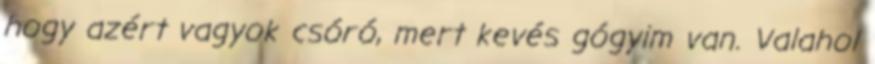
hogy azért vagyok csóró, mert kevés gógyim van. Valahol